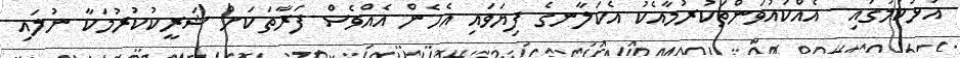
އަޅުކަމުގައި  އެއްކައުވަންތަކުރުމާއެކު އެކަލާނގެ ފިޔަވައި އެހެން އެއްވެސް ފަރާތަކަށް ޝަރީކުކުރުމަކާ ނުލައި